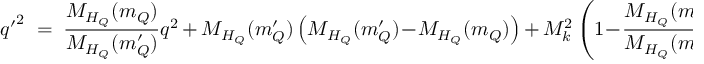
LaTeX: { q ^ { \prime } } ^ { 2 } \; = \; \frac { M _ { H _ { Q } } ( m _ { Q } ) } { M _ { H _ { Q } } ( m _ { Q } ^ { \prime } ) } q ^ { 2 } \, + \, M _ { H _ { Q } } ( m _ { Q } ^ { \prime } ) \left( M _ { H _ { Q } } ( m _ { Q } ^ { \prime } ) \! - \! M _ { H _ { Q } } ( m _ { Q } ) \right) \, + \, M _ { k } ^ { 2 } \left( 1 \! - \! \frac { M _ { H _ { Q } } ( m _ { Q } ) } { M _ { H _ { Q } } ( m _ { Q } ^ { \prime } ) } \right) \, .